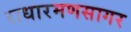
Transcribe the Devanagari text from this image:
राधारमणसागर